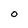
Character: 0